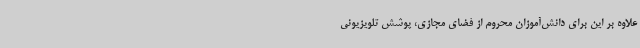
علاوه بر این برای دانش‌آموزان محروم از فضای مجازی، پوشش تلویزیونی